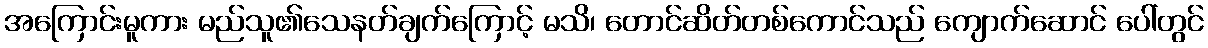
အကြောင်းမူကား မည်သူ၏သေနတ်ချက်ကြောင့် မသိ၊ တောင်ဆိတ်တစ်ကောင်သည် ကျောက်ဆောင် ပေါ်တွင်